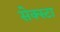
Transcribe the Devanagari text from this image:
सेक्स्टा